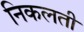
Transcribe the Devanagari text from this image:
निकलती